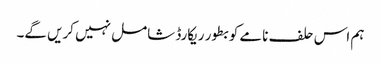
ہم اس حلف نامے کو بطور ریکارڈ شامل نہیں کریں گے۔